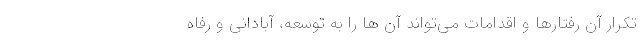
تکرار آن رفتارها و اقدامات می‌تواند آن ها را به توسعه، آبادانی و رفاه